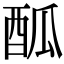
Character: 𨠋